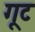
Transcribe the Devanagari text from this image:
गूट